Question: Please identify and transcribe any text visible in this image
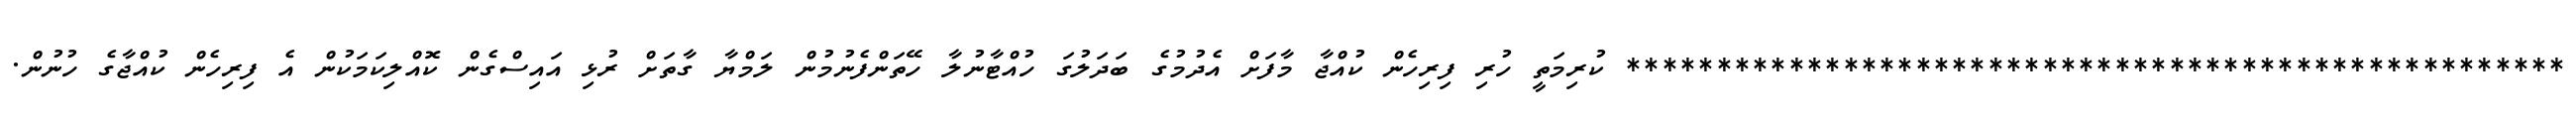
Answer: **************************************************** ކުރިމަތީ ހުރި ފިރިހެން ކުއްޖާ މާފަށް އެދުމުގެ ބަދަލުގަ ހުއްޓާނުލާ ހޭތަންފެނުމުން ލަމްޔާ ގާތަށް ރުޅި އައިސްގެން ކޮއްލިކަމަކުން އެ ފިރިހެން ކުއްޖާގެ ހުނުން.